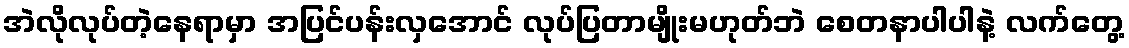
အဲလိုလုပ်တဲ့နေရာမှာ အပြင်ပန်းလှအောင် လုပ်ပြတာမျိုးမဟုတ်ဘဲ စေတနာပါပါနဲ့ လက်တွေ့